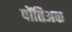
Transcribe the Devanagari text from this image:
पोंतिअक